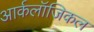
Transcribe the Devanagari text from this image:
आर्कलॉजिकल